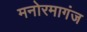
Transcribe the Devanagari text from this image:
मनोरमागंज